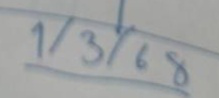
1/3/68